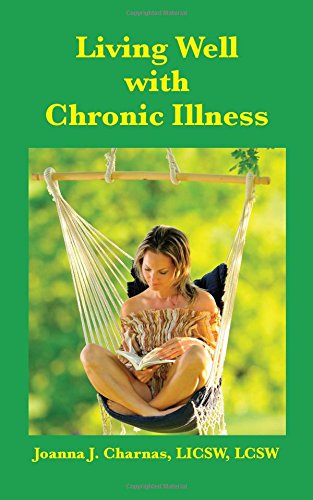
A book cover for Living Well with Chronic Illness; Joanna Charnas; Health, Fitness & Dieting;